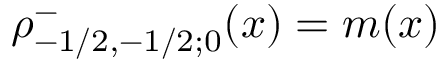
\rho _ { - 1 / 2 , - 1 / 2 ; 0 } ^ { - } ( x ) = m ( x )